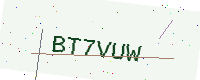
Text: BT7VUW